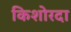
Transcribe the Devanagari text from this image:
किशोरदा